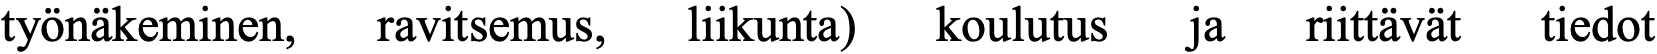
työnäkeminen, ravitsemus, liikunta) koulutus ja riittävät tiedot